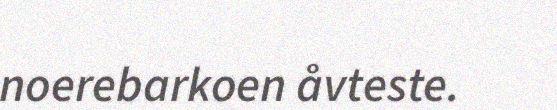
noerebarkoen åvteste.